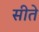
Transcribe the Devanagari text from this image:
सीते